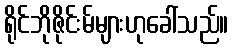
ရိုင်ဘိုဇိုင်းမ်များဟုခေါ်သည်။